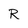
Character: R